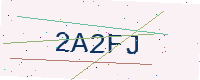
Text: 2A2FJ